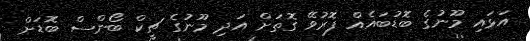
އަޅައި މޫނުގެ ބޮޑުބައެއް ފޮރުވޭ ގޮތަށް އަދި މޫނުގެ ޗީކް ބޯންސް ބޮޑަށް